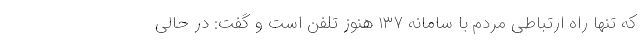
که تنها راه ارتباطی مردم با سامانه ۱۳۷ هنوز تلفن است و گفت: در حالی